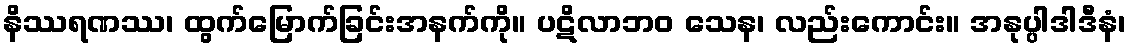
နိဿရဏဿ၊ ထွက်မြောက်ခြင်းအနက်ကို။ ပဋိလာဘဝ သေန၊ လည်းကောင်း။ အနုပ္ပါဒါဒီနံ၊